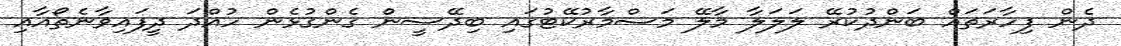
ދެން ފިހާރަތައް ބަންދުކުރޭ ލަލަލާ މާލޭ މަސްމާރުކޭޓުގައި ބިދޭސީން ގެންގުޅެން ހުއްދަ ދީފައިވާނެތޯއާއި